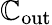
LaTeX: \mathbb{C}_{\mathrm{{out}}}